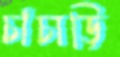
চাঁচাড়ি